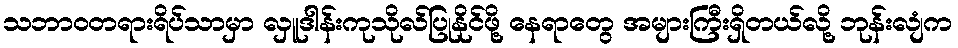
သဘာဝတရားရိပ်သာမှာ လှူဒါန်းကုသိုလ်ပြုနိုင်ဖို့ နေရာတွေ အများကြီးရှိတယ်လို့ ဘုန်းလျံက